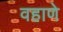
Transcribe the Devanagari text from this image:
वहाणे